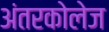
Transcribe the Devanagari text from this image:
अंतरकोलेज